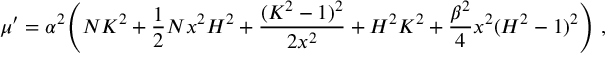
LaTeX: \mu ^ { \prime } = \alpha ^ { 2 } \Biggl ( N K ^ { 2 } + \frac { 1 } { 2 } N x ^ { 2 } H ^ { 2 } + \frac { ( K ^ { 2 } - 1 ) ^ { 2 } } { 2 x ^ { 2 } } + H ^ { 2 } K ^ { 2 } + \frac { \beta ^ { 2 } } { 4 } x ^ { 2 } ( H ^ { 2 } - 1 ) ^ { 2 } \Biggr ) \ ,